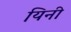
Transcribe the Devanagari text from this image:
यिनी